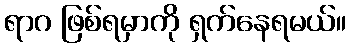
ရာဂ ဖြစ်ရမှာကို ရှက်နေရမယ်။